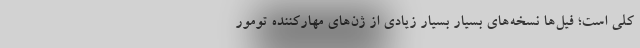
کلی است؛ فیل‌ها نسخه‌های بسیار بسیار زیادی از ژن‌های مهارکننده تومور